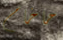
حاخام